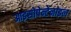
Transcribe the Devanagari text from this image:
आइसोपेन्टेनाइल